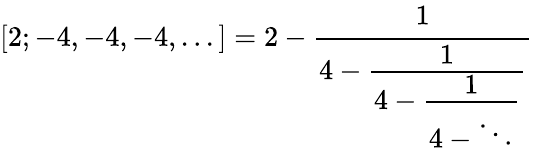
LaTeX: [2;-4,-4,-4,...]=2-{\cfrac{1}{4-{\cfrac{1}{4-{\cfrac{1}{4-\ddots}}}}}}